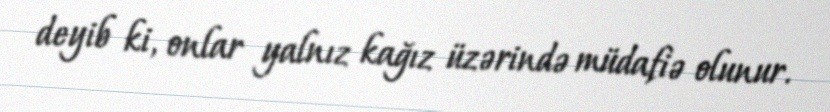
deyib ki, onlar yalnız kağız üzərində müdafiə olunur.